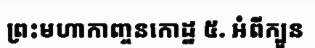
ព្រះមហាកាញ្ចនកោដ្ឋ ៥. អំពីក្បួន